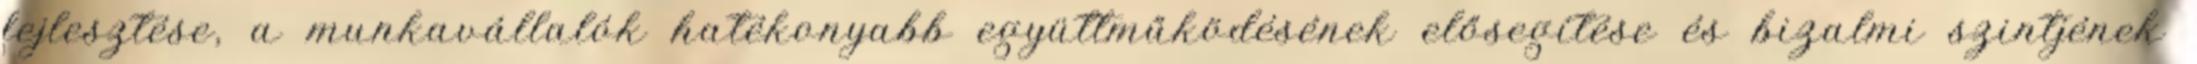
fejlesztése, a munkavállalók hatékonyabb együttműködésének elősegítése és bizalmi szintjének